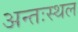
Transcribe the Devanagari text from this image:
अन्तःस्थल